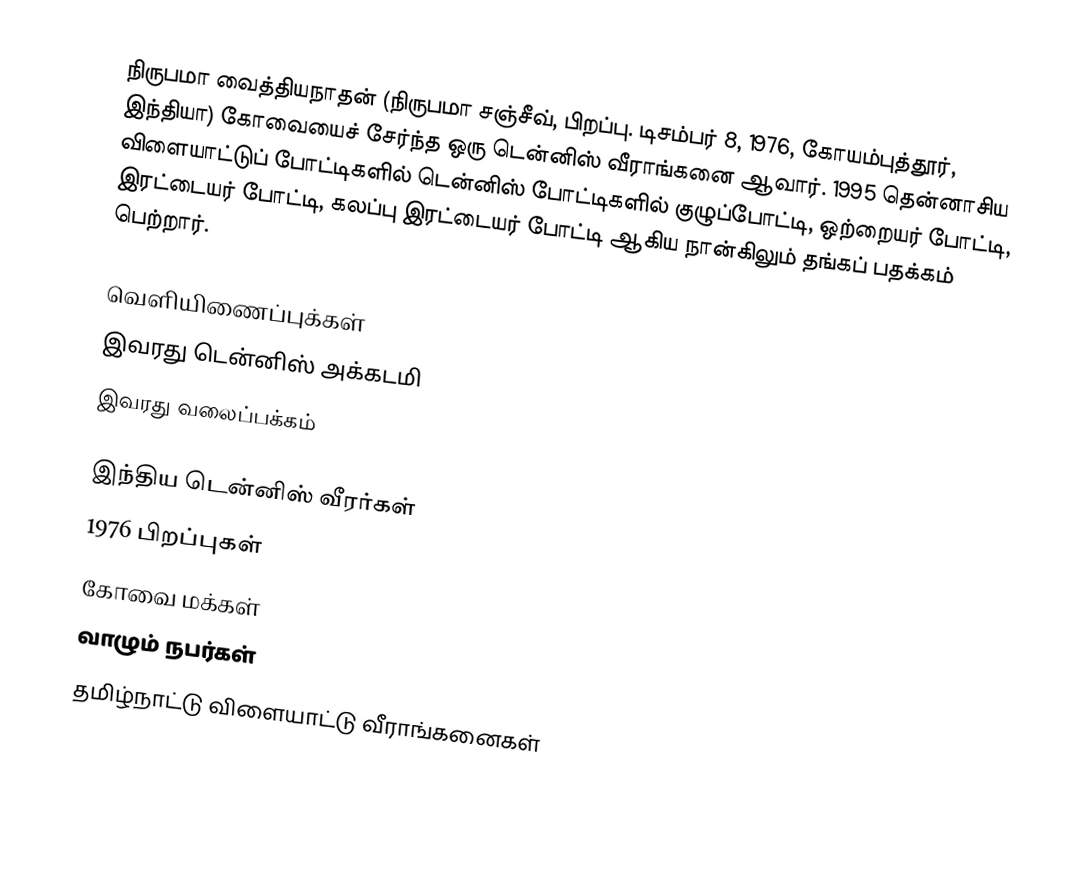
நிருபமா வைத்தியநாதன் (நிருபமா சஞ்சீவ், பிறப்பு. டிசம்பர் 8, 1976, கோயம்புத்தூர், இந்தியா) கோவையைச் சேர்ந்த ஒரு டென்னிஸ் வீராங்கனை ஆவார். 1995 தென்னாசிய விளையாட்டுப் போட்டிகளில் டென்னிஸ் போட்டிகளில் குழுப்போட்டி, ஒற்றையர் போட்டி, இரட்டையர் போட்டி, கலப்பு இரட்டையர் போட்டி ஆகிய நான்கிலும் தங்கப் பதக்கம் பெற்றார்.

வெளியிணைப்புக்கள்
 இவரது டென்னிஸ் அக்கடமி
 இவரது வலைப்பக்கம்

இந்திய டென்னிஸ் வீரர்கள்
1976 பிறப்புகள்
கோவை மக்கள்
வாழும் நபர்கள்
தமிழ்நாட்டு விளையாட்டு வீராங்கனைகள்